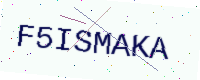
Text: F5ISMAKA